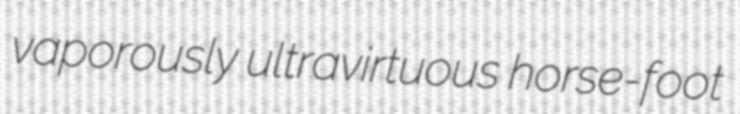
vaporously ultravirtuous horse-foot